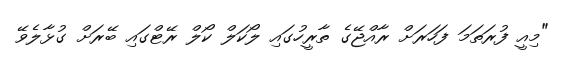
"މިއީ ފުރަތަމަ ފަހަރަށް ރާއްޖޭގެ ތާރީހުގައި ލޯކަލް ކޯލް ރޭޓްގައި ބޭރަށް ގުޅާލެވޭ